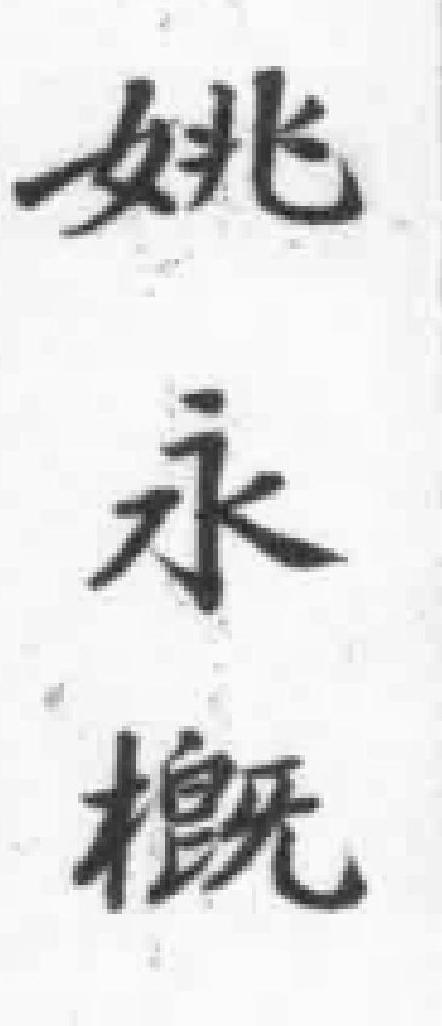
姚永概